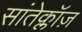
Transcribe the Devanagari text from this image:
सांतेक्लॉज़